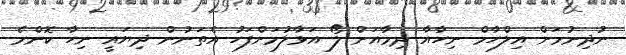
ނުދިނުމަށް އިލްހާމް ނިހާއާ ދިމާއަށް ލޯ އަޅާލުމަށްފަހު އެތަނުން ދިޔައީ ނިހާ ކޮންމެ